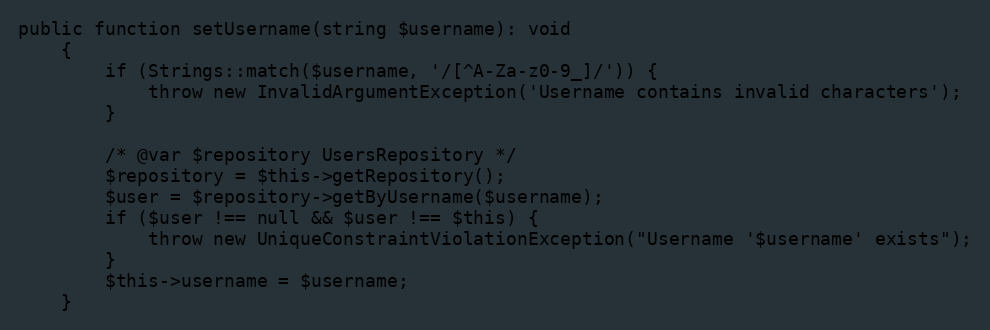
Language: PHP
public function setUsername(string $username): void
	{
		if (Strings::match($username, '/[^A-Za-z0-9_]/')) {
			throw new InvalidArgumentException('Username contains invalid characters');
		}

		/* @var $repository UsersRepository */
		$repository = $this->getRepository();
		$user = $repository->getByUsername($username);
		if ($user !== null && $user !== $this) {
			throw new UniqueConstraintViolationException("Username '$username' exists");
		}
		$this->username = $username;
	}